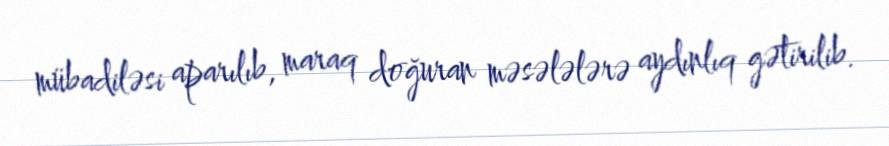
mübadiləsi aparılıb, maraq doğuran məsələlərə aydınlıq gətirilib.